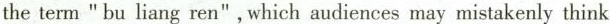
the term " bu liang ren".Which audiences may mistakenly think